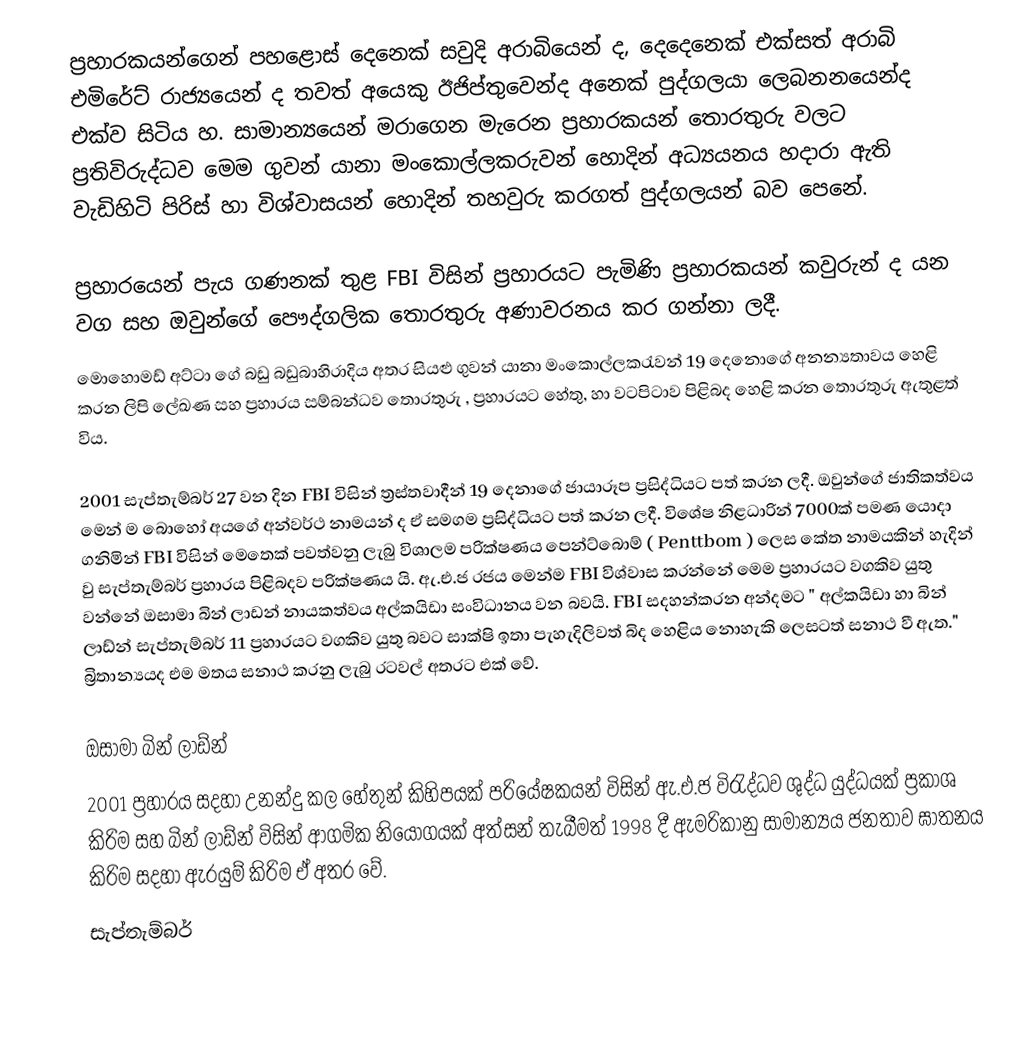
ප්‍රහාරකයන්ගෙන් පහළොස් දෙනෙක් සවුදි අරාබියෙන් ද, දෙදෙනෙක් එක්සත් අරාබි එමිරේට් රාජ්‍යයෙන් ද තවත් අයෙකු ඊජිප්තුවෙන්ද අනෙක් පුද්ගලයා ලෙබනනයෙන්ද එක්ව සිටිය හ. සාමාන්‍යයෙන් මරාගෙන මැරෙන ප්‍රහාරකයන්‍ තොරතුරු වලට ප්‍රතිවිරුද්ධව මෙම ගුවන් යානා මංකොල්ලකරුවන් හොදින් අධ්‍යයනය හදාරා ඇති වැඩිහිටි පිරිස් හා විශ්වාසයන් හොදින් තහවුරු කරගත් පුද්ගලයන් බව පෙනේ.

ප්‍රහාරයෙන් පැය ගණනක් තුළ FBI විසින් ප්‍රහාරයට පැමිණි ප්‍රහාරකයන් කවුරුන් ද යන වග සහ ඔවුන්ගේ පෞද්ගලික තොරතුරු අණාවරනය කර ගන්නා ලදී.
මොහොමඩ් අට්ටා ගේ බඩු බඩුබාහිරාදිය අතර සියළු ගුවන් යානා මංකොල්ලකරැවන් 19 දෙනොගේ අනන්‍යතාවය හෙළි කරන ලිපි ලේඛණ සහ ප්‍රහාරය සම්බන්ධව තොරතුරු , ප්‍රහාරය‍ට හේතු, හා වටපිටාව පිළිබද හෙළි කරන තොරතුරු ඇතුළත් විය.

2001 සැප්තැම්බර් 27 වන දින  FBI විසින් ත්‍රස්තවාදීන් 19 දෙ‍නාගේ ජායාරූප ප්‍රසිද්ධියට පත් කරන ලදී. ඔවුන්ගේ ජාතිකත්වය මෙන් ම බොහෝ අයගේ අන්වර්ථ නාමයන් ද ඒ සමගම ප්‍රසිද්ධියට පත් කරන ලදී. විශේෂ නිළධාරින් 7000ක් පමණ යොදා ගනිමින් FBI විසින් මෙතෙක් පවත්වනු ලැබු විශාලම පරික්ෂණය පෙන්ට්බොම් ( Penttbom ) ලෙස කේත නාමයකින් හැදින් වු සැප්තැම්බර් ප්‍රහාරය පිළිබදව පරික්ෂණය යි. ඇ.එ.ජ රජය මෙන්ම  FBI විශ්වාස කරන්නේ මෙම ප්‍රහාරයට වගකිව යුතු වන්නේ ඔසාමා බින් ලාඩන් නායකත්වය අල්කයිඩා සංවිධානය වන බවයි. FBI  සදහන්කරන අන්දමට " අල්කයිඩා හා බින් ලාඩ්න් සැප්තැම්බර් 11 ප්‍රහාරයට වගකිව යුතු බවට සාක්ෂි ඉතා පැහැදිලිවත්  බිද හෙළිය නොහැකි ලෙසටත් සනාථ වී ඇත." බ්‍රිතාන්‍යයද එම මතය සනාථ කරනු ලැබු රටවල් අතරට එක් වේ.

ඔසාමා බින් ලාඩ්න්
2001 ප්‍රහාරය සදහා උනන්දු කල හේතුන් කිහිපයක් පරියේෂකයන් විසින් ඇ.එ.ජ විරැද්ධව ශුද්ධ යුද්ධයක් ප්‍රකාශ කිරිම සහ බින් ලාඩ්න් විසින් ආගමික නියෝගයක් අත්සන් තැබීමත් 1998 දී ඇමරිකානු සාමාන්‍යය ජනතාව ඝාතනය කිරිම සදහා  ඇරයුම් කිරිම ඒ අතර වේ.
සැප්තැම්බර්